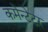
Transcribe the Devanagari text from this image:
कमेन्टेटर